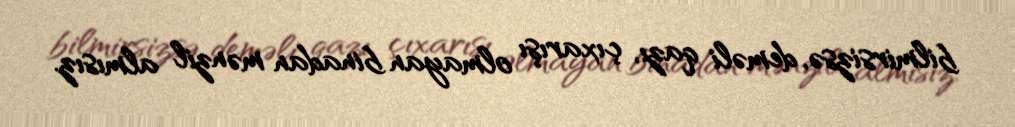
bilmirsizsə, deməli qazı, çıxarışı olmayan binadan mənzil almısız.